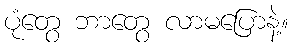
ပုံတွေ ဘာတွေ လာမပြောနဲ့။